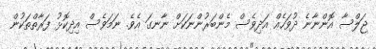
ޖަލްސާ އޮންނާނެ ދުވަހެއް އަދިވެސް މެންބަރުންނަކަށް ނާނގަ އެވެ. ނަމަވެސް އިދިކޮޅު ފަރާތްތަކުން